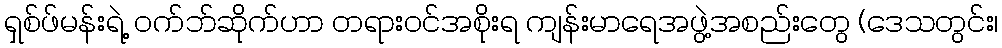
ရှစ်ဖ်မန်းရဲ့ ဝက်ဘ်ဆိုက်ဟာ တရားဝင်အစိုးရ ကျန်းမာရေအဖွဲ့အစည်းတွေ (ဒေသတွင်း၊